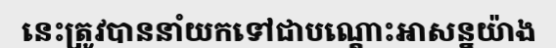
នេះត្រូវបាននាំយកទៅជាបណ្តោះអាសន្នយ៉ាង